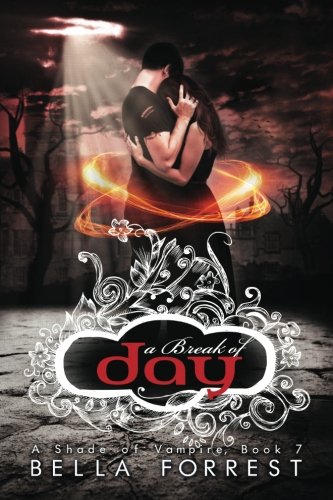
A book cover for A Shade of Vampire 7: A Break of Day; Bella Forrest; Romance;